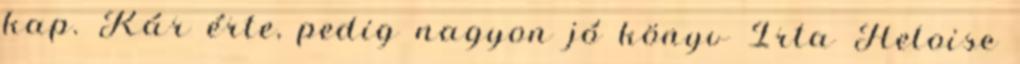
kap. Kár érte, pedig nagyon jó könyv Írta Heloise